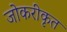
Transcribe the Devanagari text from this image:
जोकरीकृत